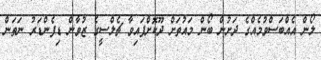
ލޯން އެއްބަސްވުމެއްގެ ދަށުން ބޯން މައުތަށް ދޫކޮށްފައިވާ ޗެލްސީގެ ޒުވާން ޑިފެންޑަރު ނަތަން